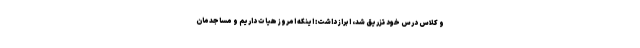
و کلاس درس خود تزریق شد، ابراز داشت: اینکه امروز هیات داریم و مساجدمان